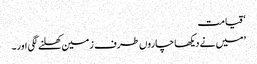
‘ قیامت
’میں نے دیکھا چاروں طرف زمین کھلنے لگی اور۔